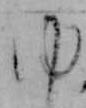
ゆ